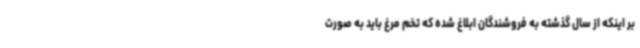
بر اینکه از سال گذشته به فروشندگان ابلاغ شده که تخم مرغ باید به صورت